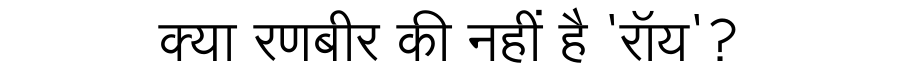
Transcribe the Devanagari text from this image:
क्या रणबीर की नहीं है 'रॉय'?